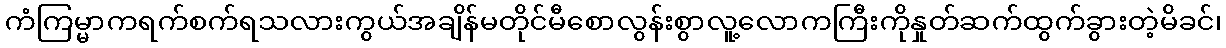
ကံကြမ္မာကရက်စက်ရသလားကွယ်အချိန်မတိုင်မီစောလွန်းစွာလူ့လောကကြီးကိုနှုတ်ဆက်ထွက်ခွားတဲ့မိခင်၊